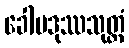
ခေါမဒုဿသုတ္တံ